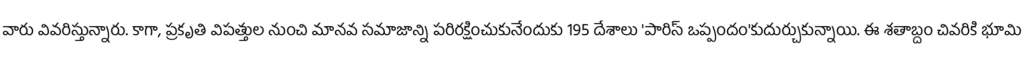
వారు వివరిస్తున్నారు. కాగా, ప్రకృతి విపత్తుల నుంచి మానవ సమాజాన్ని పరిరక్షించుకునేందుకు 195 దేశాలు 'పారిస్ ఒప్పందం'కుదుర్చుకున్నాయి. ఈ శతాబ్దం చివరికి భూమి